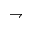
\rightharpoondown